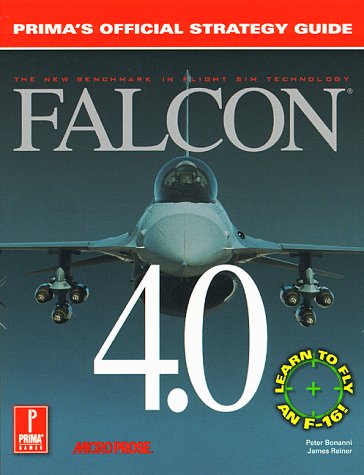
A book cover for Falcon 4.0 (Prima's Official Strategy Guide); Peter Bonanni; Science Fiction & Fantasy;